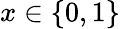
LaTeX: x\in\{ 0,1\}